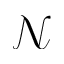
\mathcal { N }